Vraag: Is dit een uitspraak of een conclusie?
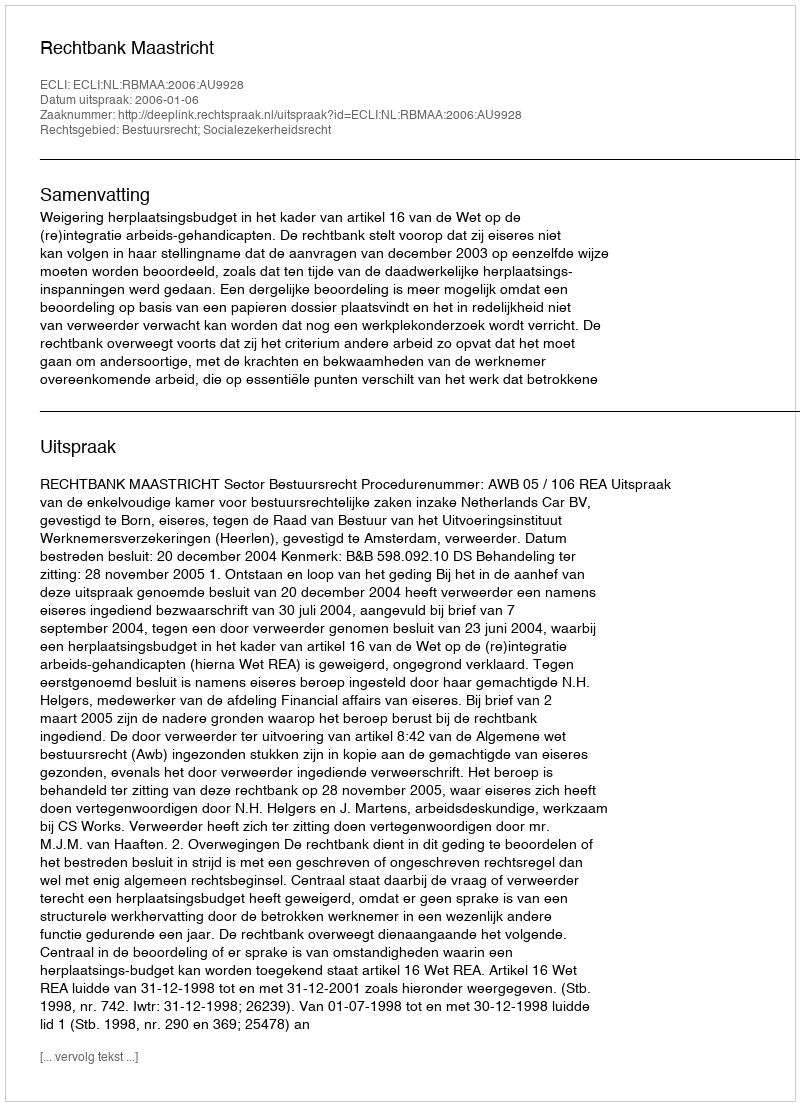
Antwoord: Uitspraak